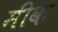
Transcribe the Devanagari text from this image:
मीक